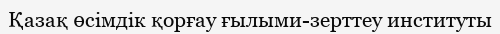
Қазақ өсімдік қорғау ғылыми-зерттеу институты